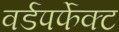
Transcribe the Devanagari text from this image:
वर्डपर्फेक्ट